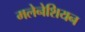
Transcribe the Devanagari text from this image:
मलेनेशियन